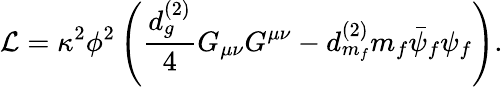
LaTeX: {\cal\mathcal{L}}=\kappa^{2}\phi^{2}\left(\frac{{d_{g}^{(2)}}}{{4}}G_{\mu\nu}G^{\mu\nu}-d_{m_{f}}^{(2)}m_{f}\bar{{\psi}}_{f}\psi_{f}\right).